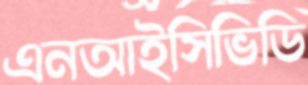
এনআইসিভিডি